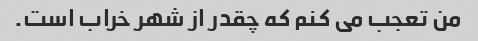
من تعجب می کنم که چقدر از شهر خراب است.